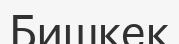
Бишкек